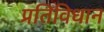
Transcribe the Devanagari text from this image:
प्रतिविधान